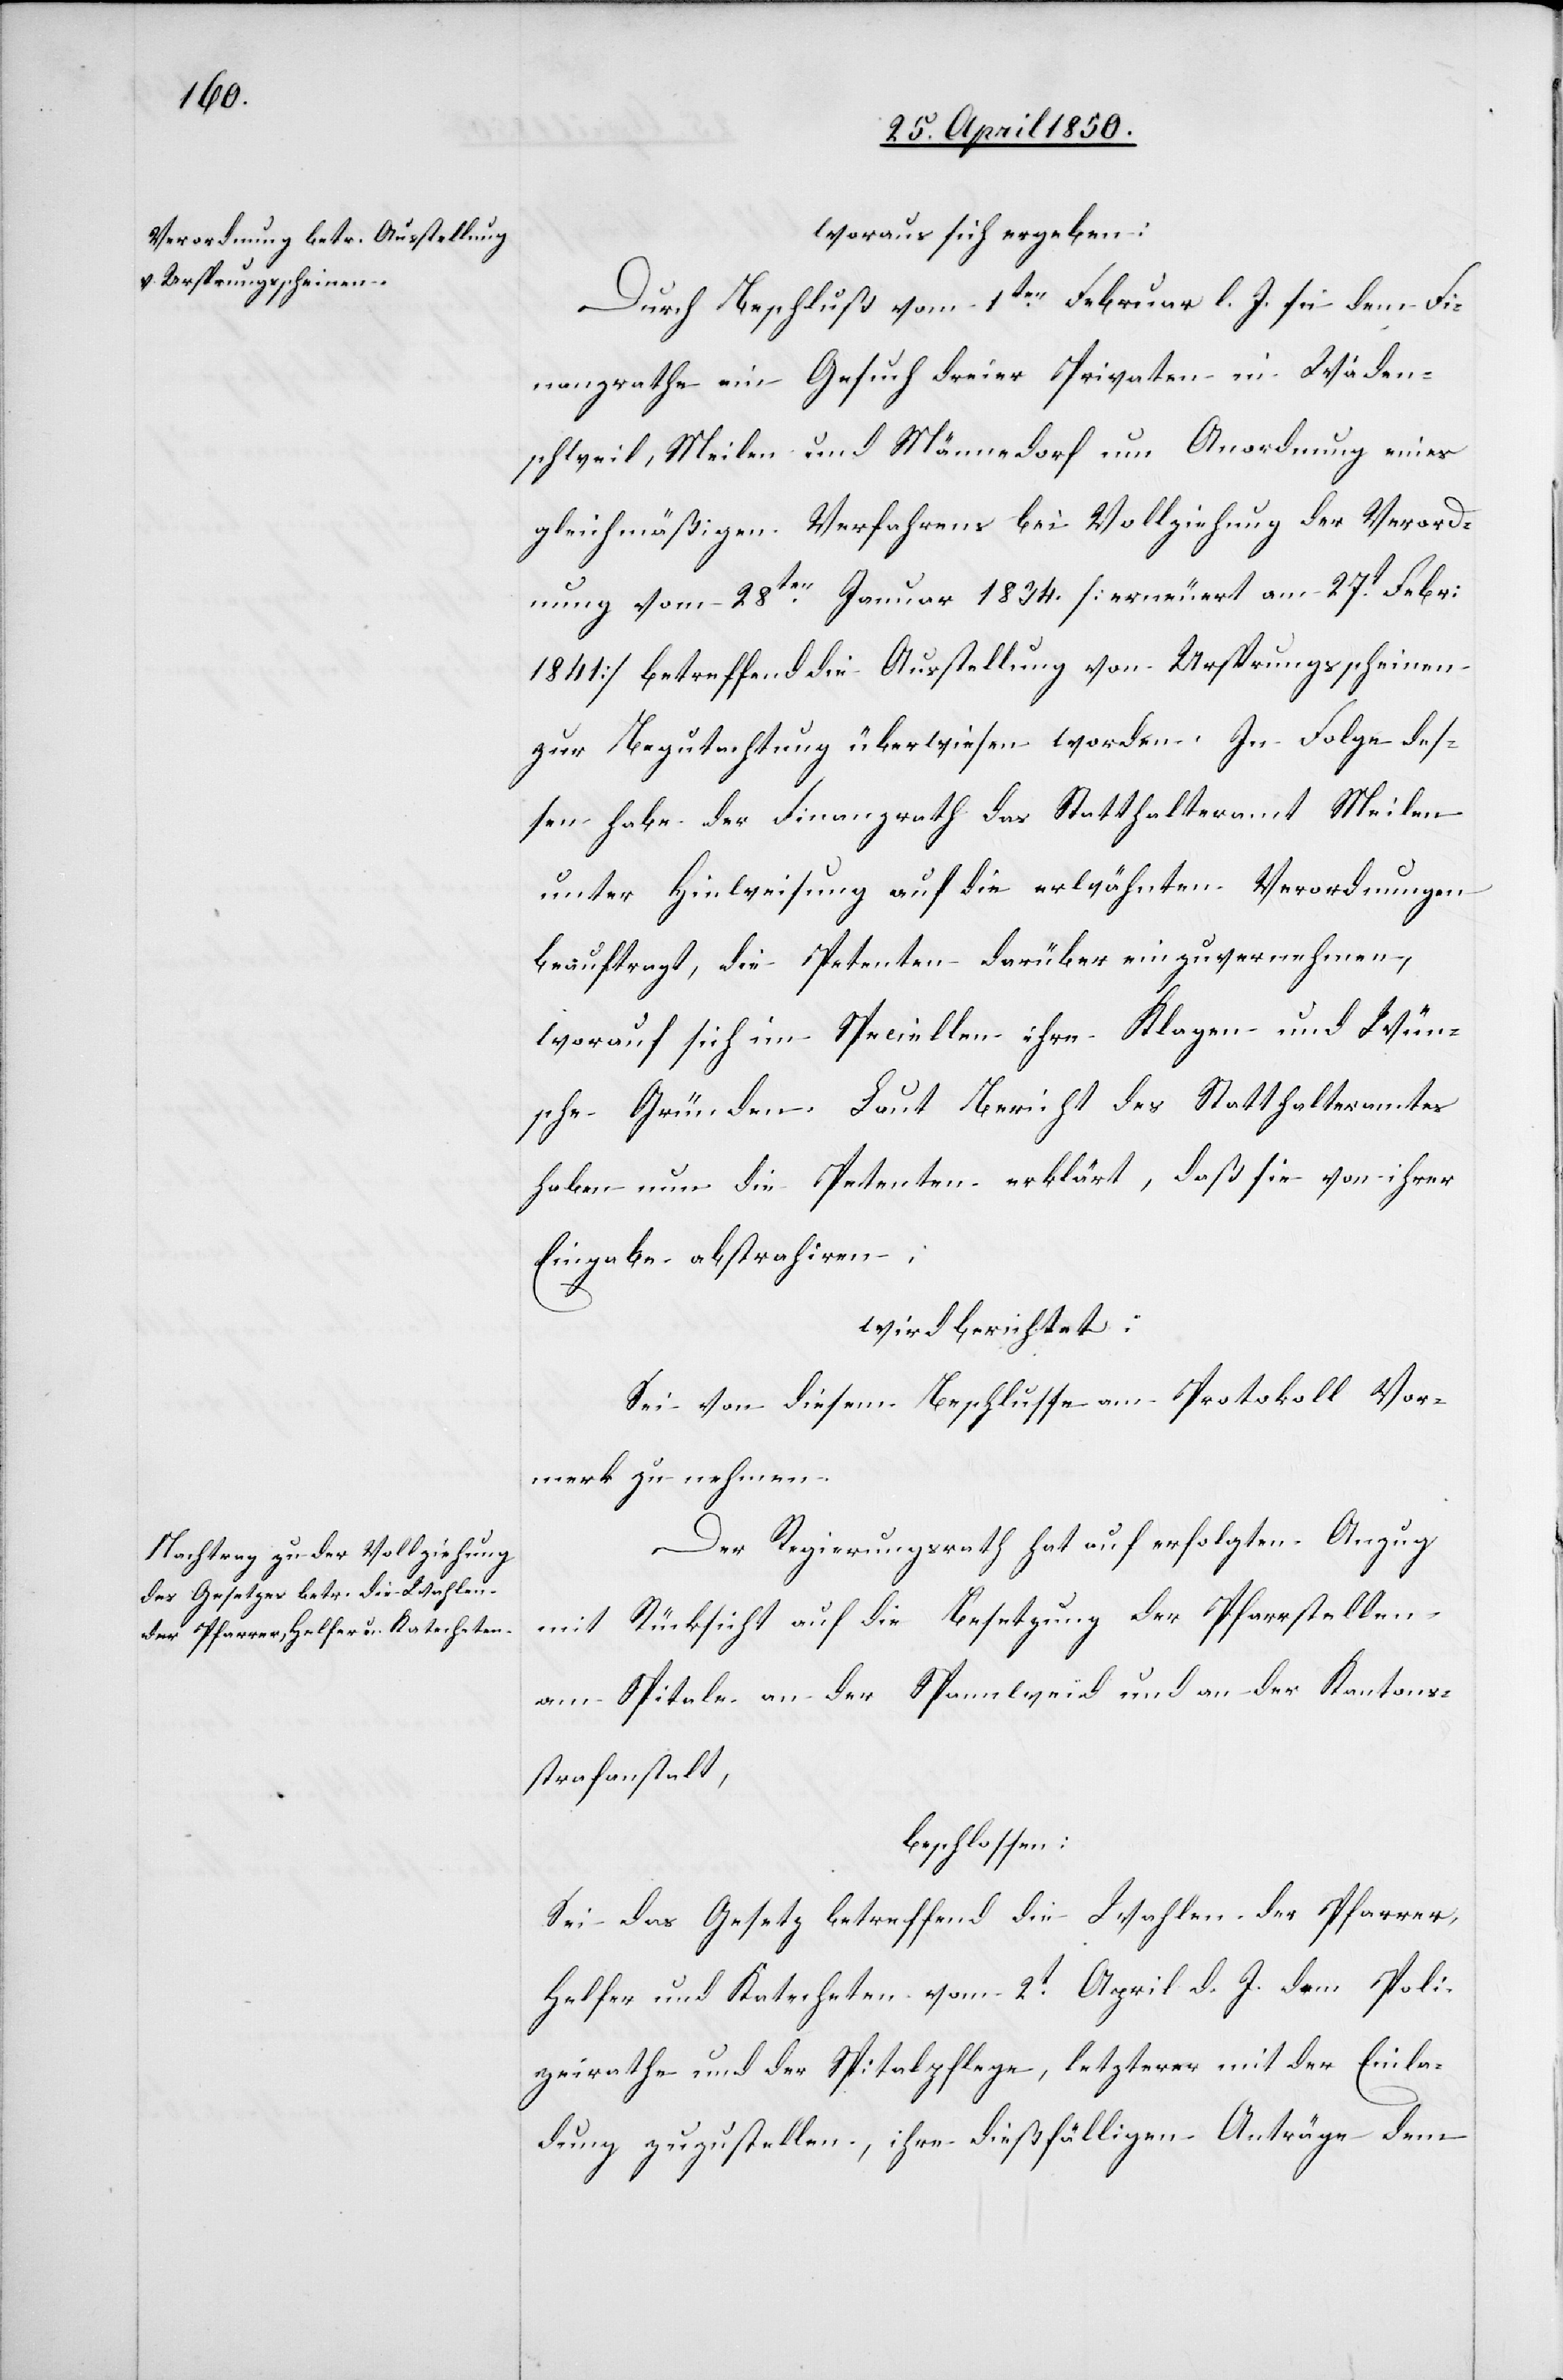
woraus sich ergeben:
Durch Beschluß vom 1ten Februar l. J. sei dem Fi¬
nanzrathe ein Gesuch dreier Privaten in Wäden¬
schweil, Meilen und Männedorf um Anordnung eines
gleichmäßigen Verfahrens bei Vollziehung der Verord¬
nung vom 28ten Januar 1834. [erneuert am 27t Febr:
1841] betreffend die Ausstellung von Ursprungsscheinen
zur Begutachtung überwiesen worden. In Folge des¬
sen habe der Finanzrath das Statthalteramt Meilen
unter Hinweisung auf die erwähnten Verordnungen
beauftragt, die Petenten darüber einzuvernehmen,
worauf sich im Speciellen ihre Klagen und Wün¬
sche Gründen. Laut Bericht des Statthalteramtes
haben nun die Petenten erklärt, daß sie von ihrer
Eingabe abstrahiren;
wird berichtet:
Sei von diesem Beschlusse am Protokoll Vor¬
merk zu nehmen.
Der Regierungsrath hat auf erfolgten Anzug
mit Rücksicht auf die Besetzung der Pfarrstellen
am Spitale an der Spannweid und an der Kantons¬
strafanstalt,
beschlossen:
Sei das Gesetz betreffend die Wahlen der Pfarrer,
Helfer und Katecheten vom 2t April d. J. dem Poli¬
zeirathe und der Spitalpflege, letzterer mit der Einla¬
dung zuzustellen, ihre dießfälligen Anträge dem